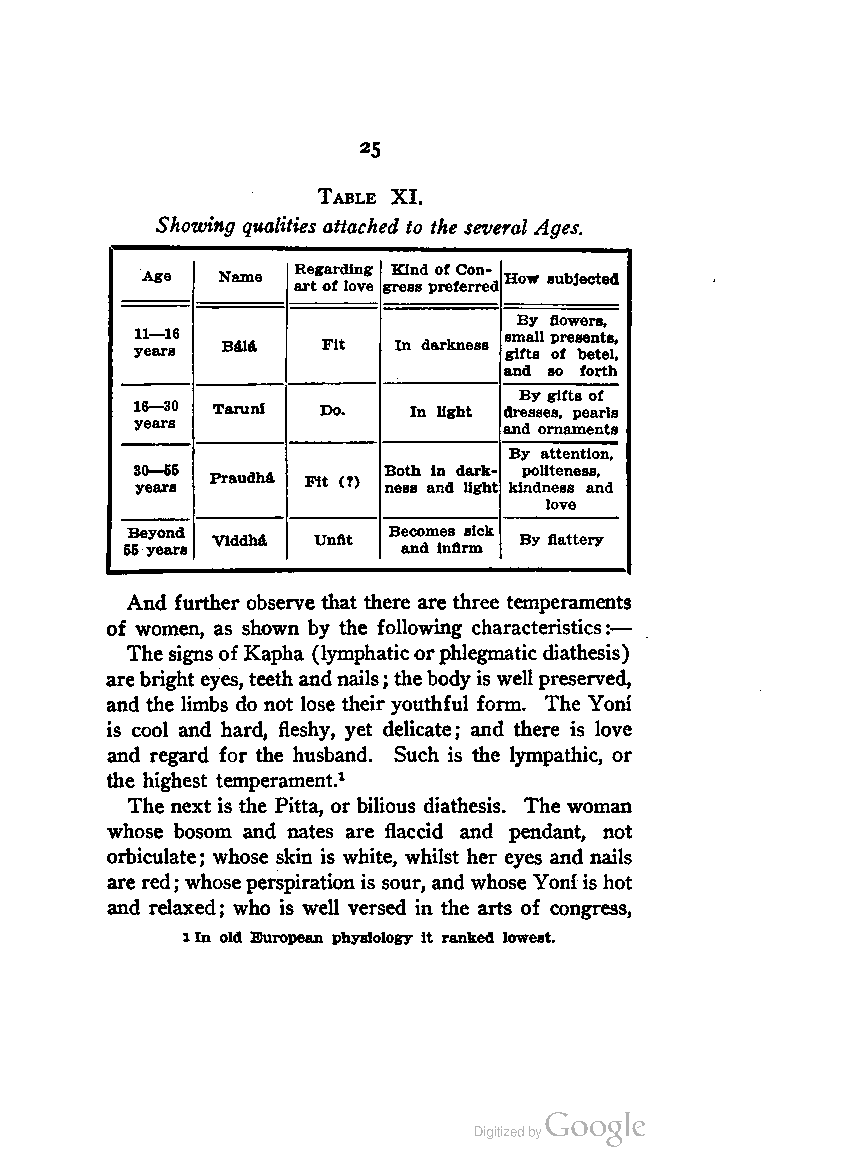
25
 Table XI.
 Showing qualities attached to the several Ages.
 Regarding Kind of Con
 Age  Name               How subjected
 artoflove gress preferred
 By flowers,
 11—16                   small presents,
 years Bala  Fit  In darkness gifts of betel,
 and so forth
 By gifts of
 16—30 Taruni Do.  In light dresses, pearls
 years                   and ornaments
 By attention,
 30—55           Both in dark politeness,
 years Praudha Fit (?) ness and light kindness and
 love
 Beyond            Becomes sick
 Viddha Unfit        By flattery
 55 years           and infirm
 And further observe that there are three temperaments
 of women, as shown by the following characteristics:—
 Thesigns ofKapha (lymphaticorphlegmatic diathesis)
 arebrighteyes,teeth andnails; thebody is wellpreserved,
 and the limbs do not lose their youthful form. The Yoni
 is cool and hard, fleshy, yet delicate; and there is love
 and regard for the husband. Such is the lympathic, or
 the highest temperament.1
 The next is the Pitta, or bilious diathesis. The woman
 whose bosom and nates are flaccid and pendant, not
 orbiculate; whose skin is white, whilst her eyes and nails
 are red; whoseperspiration is sour, andwhose Yoni is hot
 and relaxed; who is well versed in the arts of congress,
 lIn old European physiology it ranked lowest.